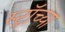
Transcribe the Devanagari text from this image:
स्ट्रॉच्या